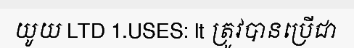
យូយ LTD 1.USES: lt ត្រូវបានប្រើជា